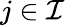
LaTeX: j\in\mathcal I